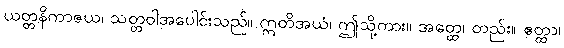
ယတ္တနိကာဇယ၊ သတ္တဝါအပေါင်းသည်။ ဣတိအယံ၊ ဤသို့ကား။ အတ္ထေ၊ တည်း။ ဧတ္ထာ၊